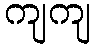
ကျကျ